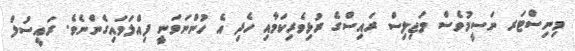
މިނިސްޓަރ ނަސީމުވެސް މަޖިލިސް ރައިސްގެ ރުޅިވެރިކަމާއި ހެދި އެ ހުންނަވަނީ ފިއްލަވައިގެންނެވެ. ރައީސުލް